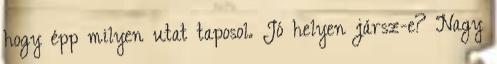
hogy épp milyen utat taposol. Jó helyen jársz-e? Nagy